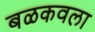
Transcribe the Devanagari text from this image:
बळकवला